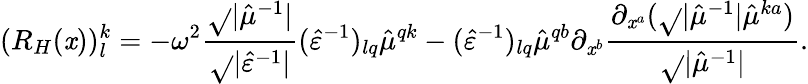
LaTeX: (R_{H}(\mathit{x}))_{l}^{k}=-\omega^{2}\frac{{\sqrt{}{{\lvert\hat{{\mu}}^{-1}\rvert}}}}{{\sqrt{}{{\lvert\hat{{\varepsilon}}^{-1}\rvert}}}}(\hat{{\varepsilon}}^{-1})_{lq}\hat{{\mu}}^{qk}-(\hat{{\varepsilon}}^{-1})_{lq}\hat{{\mu}}^{qb}\partial_{\mathit{x}^{b}}\frac{{\partial_{\mathit{x}^{a}}(\sqrt{}{{\lvert\hat{{\mu}}^{-1}\rvert}}\hat{{\mu}}^{ka})}}{{\sqrt{}{{\lvert\hat{{\mu}}^{-1}\rvert}}}}.